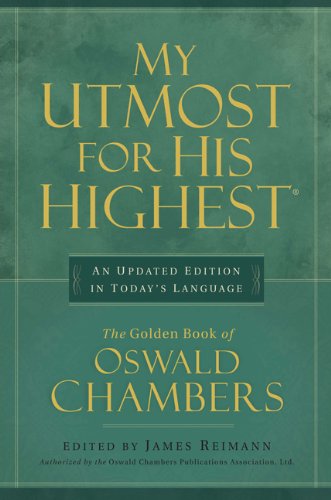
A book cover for My Utmost for His Highest: Quality Paperback Edition; Oswald Chambers; Christian Books & Bibles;